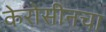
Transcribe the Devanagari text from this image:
केरोसीनचा